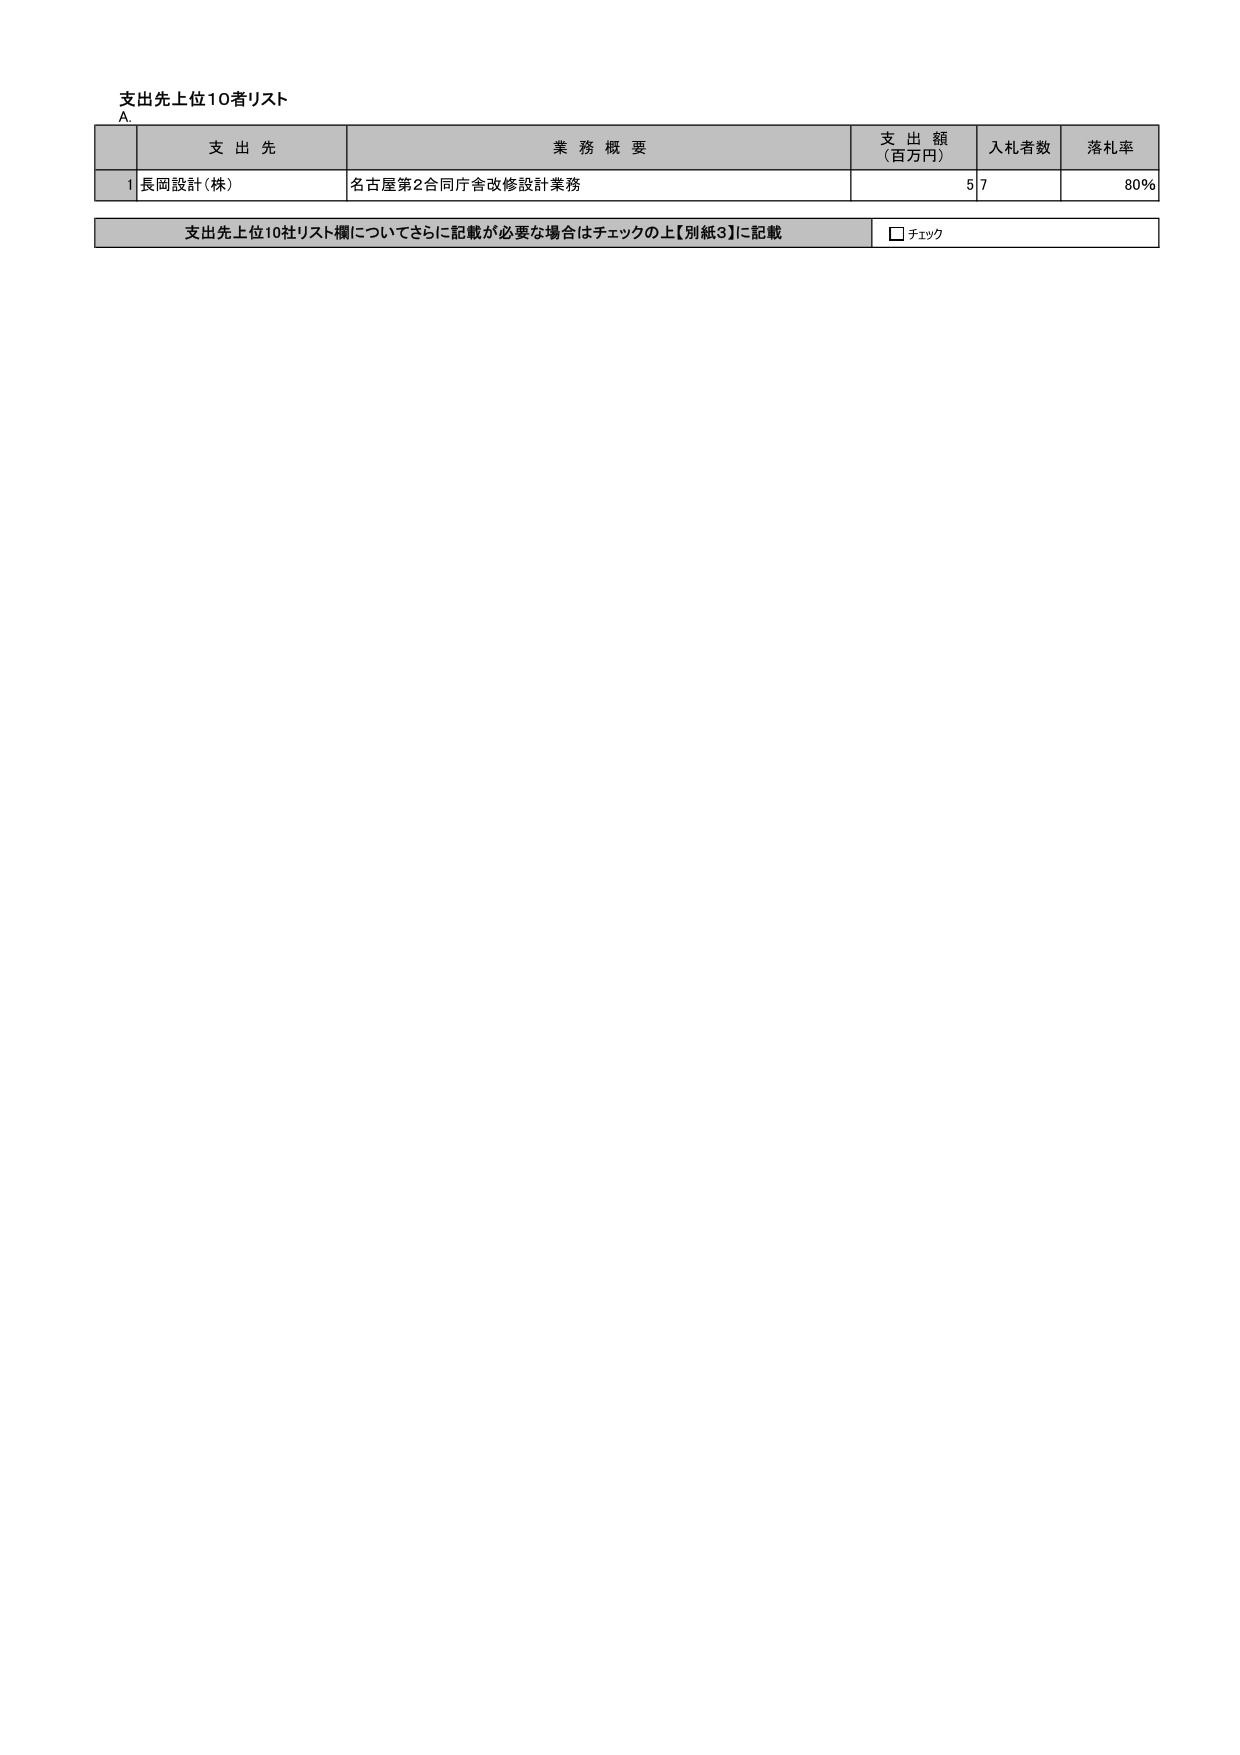
支出先上位10者リスト
A.
支 出 先
業 務 概 要
支 出 額
（百万円）
入札者数
落札率
1 長岡設計（株）
名古屋第2合同庁舎改修設計業務
57
80%
支出先上位10社リスト欄についてさらに記載が必要な場合はチェックの上【別紙3】に記載
□ チェック